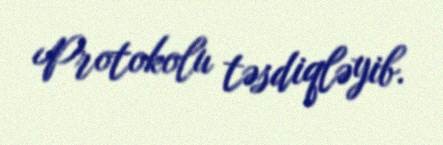
Protokolu təsdiqləyib.